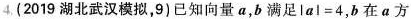
4. (2019湖北武汉模拟，9)已知向量a，b满足$$\left | a \right | = 4$$，b在a方